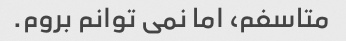
متاسفم، اما نمی توانم بروم.